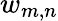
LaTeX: w_{m,n}